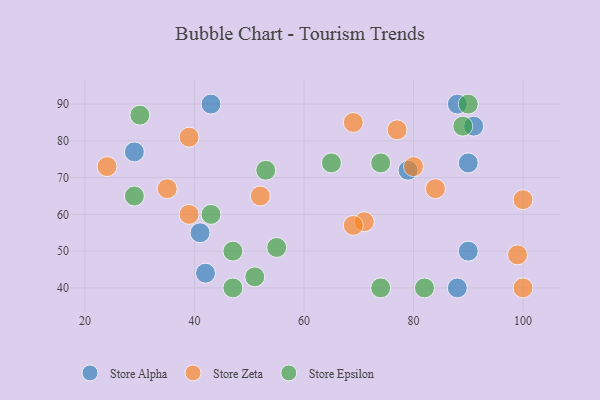
{"axis": {"x": "GDP", "y": "Life Expectancy"}, "legend": ["Store Alpha", "Store Epsilon", "Store Zeta"], "data": [{"x": "79", "y": 72, "type": "Store Alpha"}, {"x": "42", "y": 44, "type": "Store Alpha"}, {"x": "43", "y": 90, "type": "Store Alpha"}, {"x": "29", "y": 77, "type": "Store Alpha"}, {"x": "88", "y": 40, "type": "Store Alpha"}, {"x": "88", "y": 90, "type": "Store Alpha"}, {"x": "90", "y": 74, "type": "Store Alpha"}, {"x": "41", "y": 55, "type": "Store Alpha"}, {"x": "91", "y": 84, "type": "Store Alpha"}, {"x": "90", "y": 50, "type": "Store Alpha"}, {"x": "84", "y": 67, "type": "Store Zeta"}, {"x": "100", "y": 40, "type": "Store Zeta"}, {"x": "71", "y": 58, "type": "Store Zeta"}, {"x": "52", "y": 65, "type": "Store Zeta"}, {"x": "69", "y": 57, "type": "Store Zeta"}, {"x": "24", "y": 73, "type": "Store Zeta"}, {"x": "99", "y": 49, "type": "Store Zeta"}, {"x": "77", "y": 83, "type": "Store Zeta"}, {"x": "39", "y": 81, "type": "Store Zeta"}, {"x": "69", "y": 85, "type": "Store Zeta"}, {"x": "80", "y": 73, "type": "Store Zeta"}, {"x": "35", "y": 67, "type": "Store Zeta"}, {"x": "100", "y": 64, "type": "Store Zeta"}, {"x": "39", "y": 60, "type": "Store Zeta"}, {"x": "74", "y": 40, "type": "Store Epsilon"}, {"x": "53", "y": 72, "type": "Store Epsilon"}, {"x": "47", "y": 40, "type": "Store Epsilon"}, {"x": "74", "y": 74, "type": "Store Epsilon"}, {"x": "55", "y": 51, "type": "Store Epsilon"}, {"x": "89", "y": 84, "type": "Store Epsilon"}, {"x": "47", "y": 50, "type": "Store Epsilon"}, {"x": "51", "y": 43, "type": "Store Epsilon"}, {"x": "82", "y": 40, "type": "Store Epsilon"}, {"x": "65", "y": 74, "type": "Store Epsilon"}, {"x": "43", "y": 60, "type": "Store Epsilon"}, {"x": "30", "y": 87, "type": "Store Epsilon"}, {"x": "90", "y": 90, "type": "Store Epsilon"}, {"x": "29", "y": 65, "type": "Store Epsilon"}]}